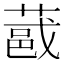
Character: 𫉏